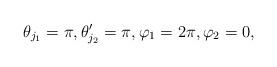
LaTeX: \begin{gather*} \theta_{j_1} = \pi , \theta_{j_2}' = \pi , \varphi_1 = 2\pi,\varphi_2 = 0,\end{gather*}